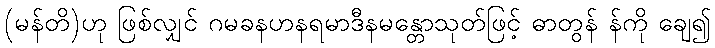
(မန်တိ)ဟု ဖြစ်လျှင် ဂမခနဟနရမာဒီနမန္တောသုတ်ဖြင့် ဓာတွန် န်ကို ချေ၍